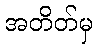
အတိတ်မှ